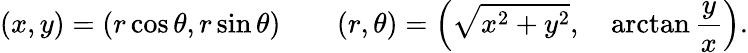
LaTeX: (x,y)=(r\cos\theta,r\sin\theta)\qquad(r,\theta)=\left({\sqrt{x^{2}+y^{2}}},\quad\arctan{\frac{y}{x}}\right).